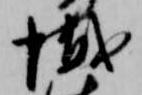
懺